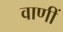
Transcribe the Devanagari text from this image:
वाणीं